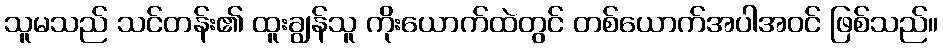
သူမသည် သင်တန်း၏ ထူးချွန်သူ ကိုးယောက်ထဲတွင် တစ်ယောက်အပါအဝင် ဖြစ်သည်။